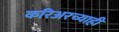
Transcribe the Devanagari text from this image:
करिअरच्याही